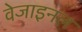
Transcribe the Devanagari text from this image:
वेजाइनल